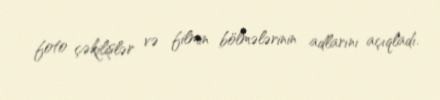
foto çəkilişlər və filmin bölmələrinin adlarını açıqladı.